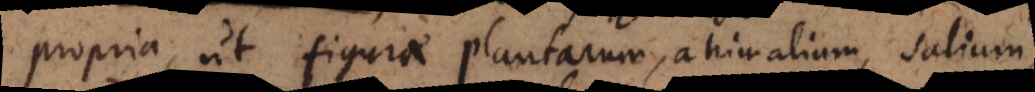
propria, ut figurae plantarum, animalium, salium.